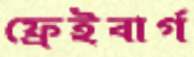
ফ্রেইবার্গ